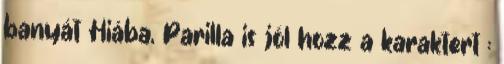
banyát Hiába, Parilla is jól hozz a karaktert :